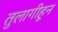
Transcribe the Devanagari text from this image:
तुलागीहून